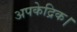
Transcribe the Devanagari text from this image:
अपकेद्रिक।